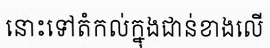
នោះទៅតំកល់ក្នុងជាន់ខាងលើ